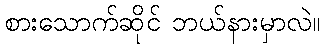
စားသောက်ဆိုင် ဘယ်နားမှာလဲ။